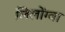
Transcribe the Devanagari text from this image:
लिलोंग्वा